Bombay plague: being a history of the progress of plague in the Bombay presidency from September 1896 to June 1899
Year: 1896
Disease focus: Plague
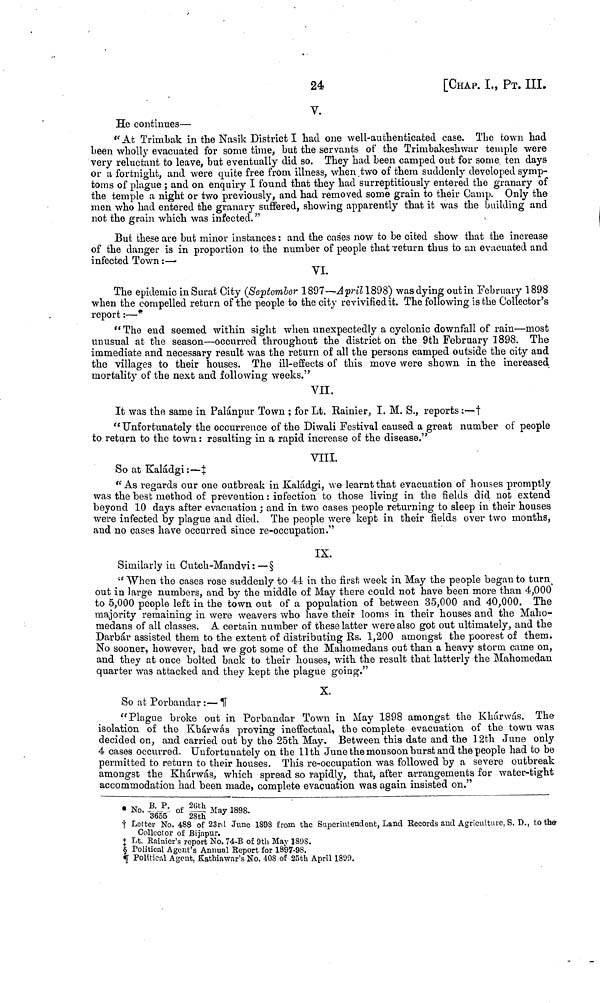
24
[CHAP. I., Ρr. III.
V.
He continues—
"At Trimbak in the Nasik District I had one well-authenticated case. The town had
been wholly evacuated for some time, but the servants of the Trimbakeshwar temple were
very reluctant to leave, but eventually did so. They had been camped out for some, ten days
or a fortnight, and were quite free from illness, when two of them suddenly developed symp-
toms of plague ; and on enquiry I found that they had surreptitiously entered the granary of
the temple a night or two previously, and had removed some grain to their Camp. Only the
men who had entered the granary suffered, showing apparently that it was the building and
not the grain which was infected."
But these are but minor instances : and the cases now to be cited show that the increase
of the danger is in proportion to the number of people that return thus to an evacuated and
infected Town :—
VI.
The epidemic in Surat City (September 1897—April 1898) was dying out in February 1898
when the compelled return of the people to the city revivified it. The following is the Collector's
report :—
" The end seemed within sight when unexpectedly a cyclonic downfall of rain—most
unusual at the season—occurred throughout the district on the 9th February 1898. The
immediate and necessary result was the return of all the persons camped outside the city and
the villages to their houses. The ill-effects of this move were shown in the increased
mortality of the next and following weeks."
VII.
It was the same in Palánpur Town ; for Lt. Rainier, I. M. S., reports :—†
" Unfortunately the occurrence of the Diwali Festival caused a great number of people
to return to the town : resulting in a rapid increase of the disease."
VIII.
So at Kaládgi :—‡
"As regards our one outbreak in Kaládgi, we learnt that evacuation of houses promptly
was the best method of prevention : infection to those living in the fields did not extend
beyond 10 days after evacuation ; and in two cases people returning to sleep in their houses
were infected by plague and died. The people were kept in their fields over two months,
and no cases have occurred since re-occupation."
IX.
Similarly in Cutch-Mandvi : — §
" When the cases rose suddenly to 44 in the first week in May the people began to turn
out in large numbers, and by the middle of May there could not have been more than 4,000
to 5,000 people left in the town out of a population of between 35,000 and 40,000. The
majority remaining in were weavers who have their looms in their houses and the Maho-
medans of all classes. A certain number of these latter were also got out ultimately, and the
Darbár assisted them to the extent of distributing Rs. 1,200 amongst the poorest of them.
No sooner, however, bad we got some of the Mahomedans out than a heavy storm came on,
and they at once bolted back to their houses, with the result that latterly the Mahomedan
quarter was attacked and they kept the plague going."
X.
So at Porbandar :— ****
"Plague broke out in Porbandar Town in May 1898 amongst the Khárwás. The
isolation of the Khárwás proving ineffectual, the complete evacuation of the town was
decided on, and carried out by the 25th May. Between this date and the 12th June only
4 cases occurred. Unfortunately on the 11th June the monsoon burst and the people had to be
permitted to return to their houses. This re-occupation was followed by a severe outbreak
amongst the Khárwás, which spread so rapidly, that, after arrangements for water-tight
accommodation had been made, complete evacuation was again insisted on."
* No. B. P./3655 of 26th/28th May 1898.
† Letter No. 488 of 23rd June 1898 from the Superintendent, Land Records and Agriculture, S. D., to the
Collector of Bijapur.
‡ Lt. Rainier's report No. 74-B of 9th May 1898.
§ Political Agent's Annual Report for 1897-98.
**** Political Agent, Kathiawar's No. 408 of 25th April 1899.